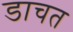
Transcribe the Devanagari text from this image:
डाचत